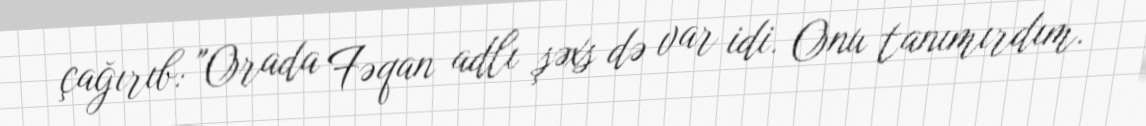
çağırıb: "Orada Fəqan adlı şəxs də var idi. Onu tanımırdım.